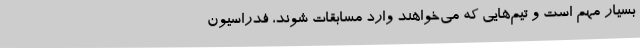
بسیار مهم است و تیم‌هایی که می‌خواهند وارد مسابقات شوند، فدراسیون